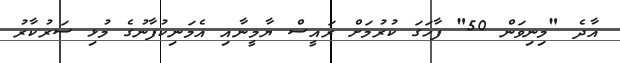
އާދެ "މިނިވަން 50" ފާހަގަ ކުރުމަށް ރައީސް ޔާމީނާއި އެމަނިކުފާނުގެ މުޅި ސަރުކާރު